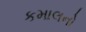
કમાલનો